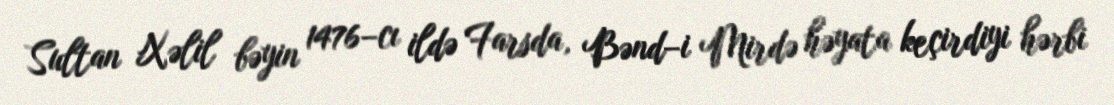
Sultan Xəlil bəyin 1476–cı ildə Farsda, Bənd–i Mirdə həyata keçirdiyi hərbi